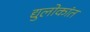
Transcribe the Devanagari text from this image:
द्युलोकांत